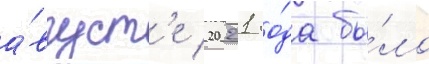
а́вгуст'е 2021 го́да бы́ло